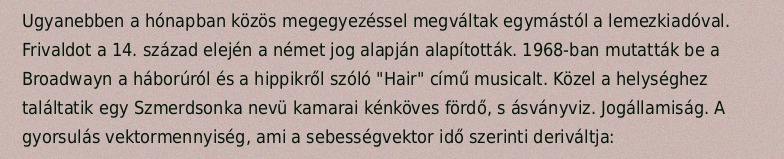
Ugyanebben a hónapban közös megegyezéssel megváltak egymástól a lemezkiadóval. Frivaldot a 14. század elején a német jog alapján alapították. 1968-ban mutatták be a Broadwayn a háborúról és a hippikről szóló "Hair" című musicalt. Közel a helységhez találtatik egy Szmerdsonka nevü kamarai kénköves fördő, s ásványviz. Jogállamiság. A gyorsulás vektormennyiség, ami a sebességvektor idő szerinti deriváltja: